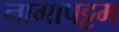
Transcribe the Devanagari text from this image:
नागापट्टम